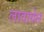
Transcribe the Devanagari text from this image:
लावायेल